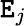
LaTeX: \mathtt{E}_{j}